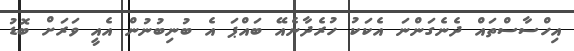
އިހްސާސްތައް ދެނެގަންނަ އެކަކު ހުރެދާނެއޭ ބައްޕަ އެ ބުނިބުނުން އެއީ ވަރަށް ބޮޑު